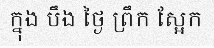
ក្នុង បឹង ថ្ងៃ ព្រឹក ស្អែក